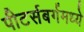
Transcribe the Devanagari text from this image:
पीटर्सबर्गमध्ये